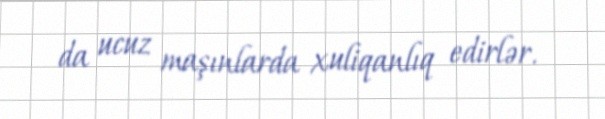
da ucuz maşınlarda xuliqanlıq edirlər.